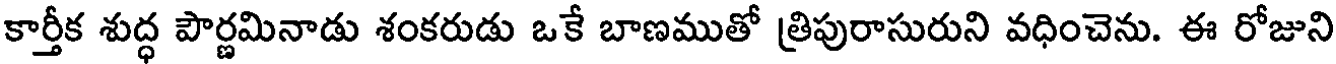
కార్తీక శుద్ధ పౌర్ణమినాడు శంకరుడు ఒకే బాణముతో త్రిపురాసురుని వధించెను. ఈ రోజుని